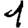
Digit: 1